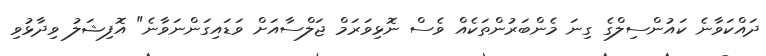
ދައްކަވާނެ ކައުންސިލްގެ ގިނަ މެންބަރުންތަކެއް ވެސް ނޮޅިވަރަމް ޖަލްސާއަށް ވަޑައިގަންނަވާނެ" އޮފިޝަލު ވިދާޅުވި